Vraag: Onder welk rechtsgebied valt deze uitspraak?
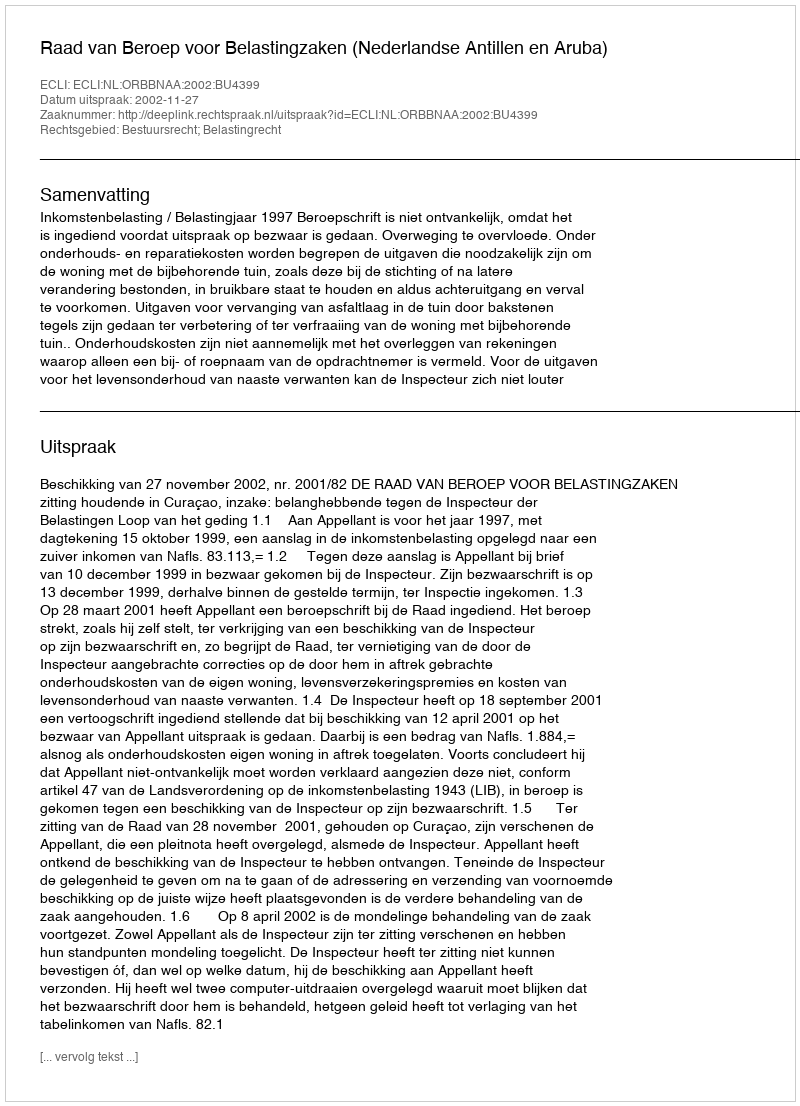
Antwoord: Bestuursrecht; Belastingrecht